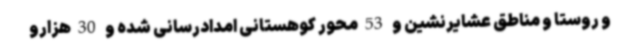
و روستا و مناطق عشایرنشین و 53محور کوهستانی امدادرسانی شده و 30هزارو